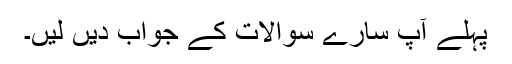
پہلے آپ سارے سوالات کے جواب دیں لیں۔